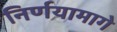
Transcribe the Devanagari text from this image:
निर्णयामागे